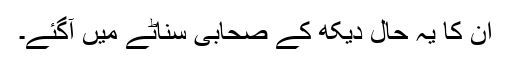
ان کا یہ حال دیکھ کے صحابی سناٹے میں آگئے۔